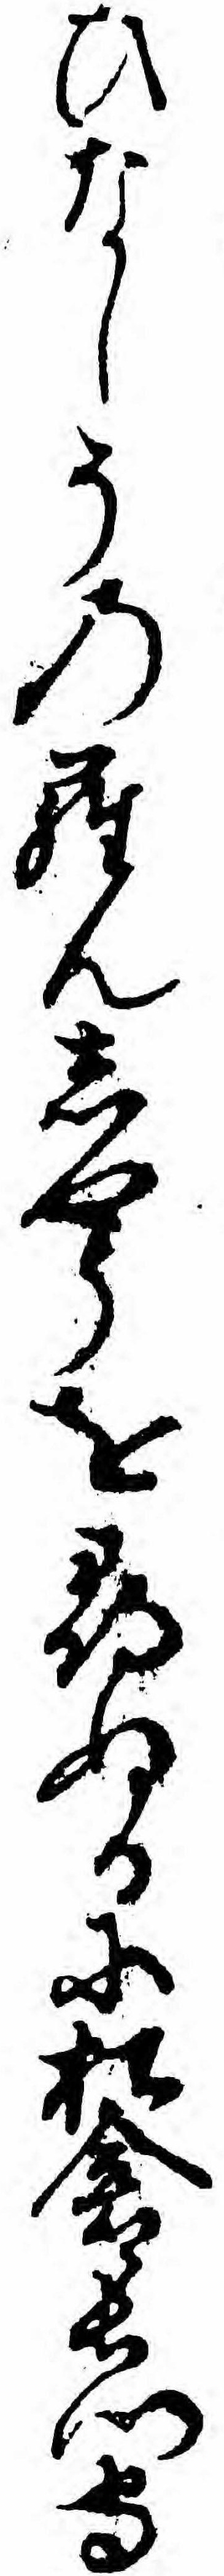
ひなしそのらんしやうを尋ぬるに松倉長門守